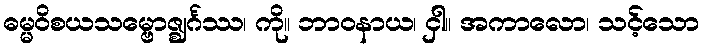
ဓမ္မဝိစယသမ္ဗောဇ္ဈင်္ဂဿ၊ ကို။ ဘာဝနာယ၊ ငှါ။ အကာလော၊ သင့်သော